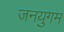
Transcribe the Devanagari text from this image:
जनयुगम